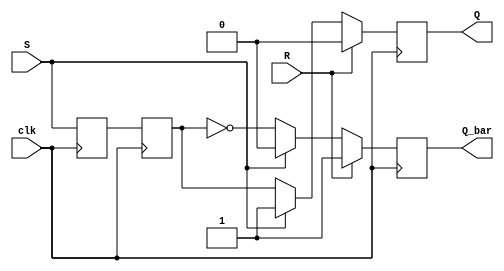
module sr_flipflop(
    input S, // Set input
    input R, // Reset input
    input clk, // Clock input
    output reg Q, // Output state
    output reg Q_bar // Output complement state
);

reg master_latch, slave_latch;

always @(posedge clk) begin
    master_latch <= S;
    slave_latch <= master_latch;
    if (R) begin
        Q <= 0;
        Q_bar <= 1;
    end else if (S) begin
        Q <= 1;
        Q_bar <= 0;
    end else begin
        Q <= slave_latch;
        Q_bar <= ~slave_latch;
    end
end

endmodule